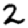
Digit: 2